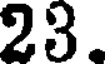
23.